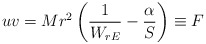
\begin{align*}uv=Mr^2\left(\frac{1}{W_{rE}}-\frac{\alpha}{S}\right)\equiv F\end{align*}